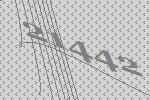
21442